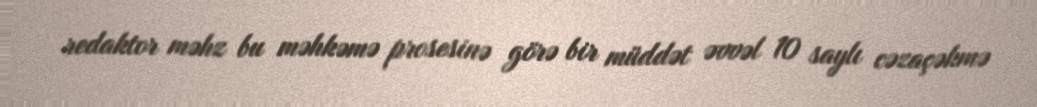
redaktor məhz bu məhkəmə prosesinə görə bir müddət əvvəl 10 saylı cəzaçəkmə